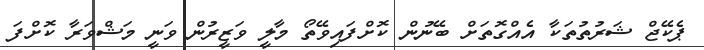
ޕެކޭޖް ޝަރުތުތަކާ އެއްގޮތަށް ބޭނުން ކޮށްފައިވޭތޯ މާލީ ވަޒީރުން ވަނީ މަޝްވަރާ ކޮށްފަ